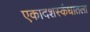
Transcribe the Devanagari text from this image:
एकादशस्‍कंधातला